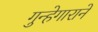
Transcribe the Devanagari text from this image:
गुन्हेगाराने